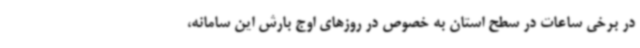
در برخی ساعات در سطح استان به خصوص در روزهای اوج بارش این سامانه،